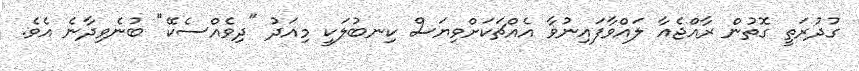
ގުދުރަތީ ގޮތުން ރާއްޖެއާ ލައްވާފައިނުވާ އެއްޗަކަށްވިޔަސް ކިނބުލަކީ މިއަދު "ދިވެއްސެކޭ" ބުނެވިދާނެ އެވެ.